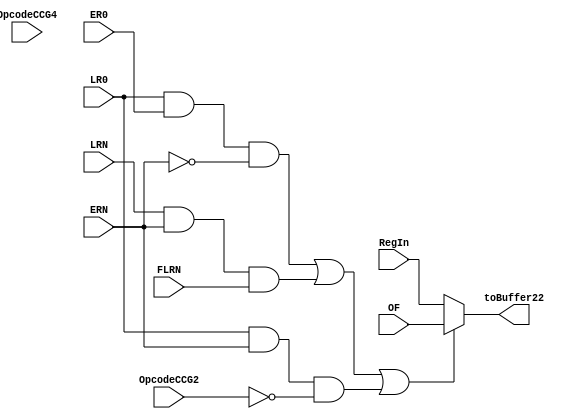
module OperandDecode2(
    input   [15:0]   RegIn,      //Register RN's value
    input   [15:0]   OF,         //Operand Forwarded value from 3rd stage
    input   [2:0]   OpcodeCCG2, //Opcode value from CCG2 :: last 3 bits
    input   [2:0]   OpcodeCCG4, //Opcode value from CCG4 :: last 3 bits
    input           LR0,        //Load R0 :: CCG4
    input           ER0,        //Enable R0 :: CCG2
    input           LRN,        //Load RN :: CCG4
    input           ERN,        //Enable RN :: CCG2
    input           FLRN,       //Register Flag's output from 4th stage
    output  [15:0]   toBuffer22  //Operand to Buffer22
    );
    //wire  OFOF = ((LRN&&ERN&&FLRN)|| (LRN && ER0 && FLRN)||(LR0&&ER0&&(~ERN))); //||(LR0 && ERN && FLRN)); //(add ~ERN)//Verify later
    wire  OFOF = ((LR0&&ER0&&(~ERN))|| (LRN&&ERN&&FLRN)/*||(LRN && ER0 && (OpcodeCCG4==3'b000))*//*FLRN*/||(LR0 && ERN && (OpcodeCCG2==3'b000)));
    assign toBuffer22 = (OFOF)?OF:RegIn;
endmodule